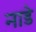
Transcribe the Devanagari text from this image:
नाडे